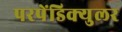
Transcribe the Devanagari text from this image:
परपेंडिक्युलर